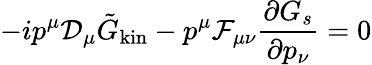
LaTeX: -ip^{\mu}{\cal D}_{\mu}\tilde{G}_{\mathrm{kin}}-p^{\mu}{\cal F}_{\mu\nu}{\frac{\partial G_{s}}{\partial p_{\nu}}}=0